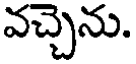
వచ్చెను.